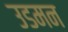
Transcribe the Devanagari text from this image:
उडमन